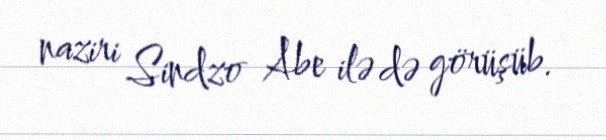
naziri Sindzo Abe ilə də görüşüb.